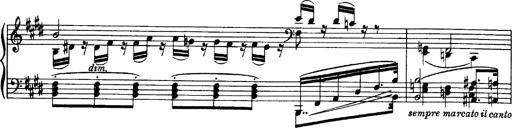
Title: OuvertÃ¼re zu TannhÃ¤user
Composer: Franz Liszt